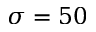
\sigma = 5 0